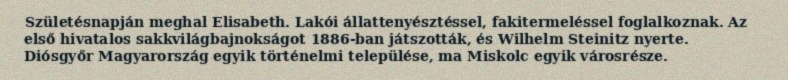
Születésnapján meghal Elisabeth. Lakói állattenyésztéssel, fakitermeléssel foglalkoznak. Az első hivatalos sakkvilágbajnokságot 1886-ban játszották, és Wilhelm Steinitz nyerte. Diósgyőr Magyarország egyik történelmi települése, ma Miskolc egyik városrésze.